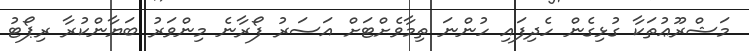
މަޝްރޫޢުތަކާ ގުޅިގެން ހެދިފައި ހުންނަ ތިމާވެށްޓަށް އަސަރު ފޯރާނެ މިންވަރު ބަޔާންކުރާ ރިޕޯޓު